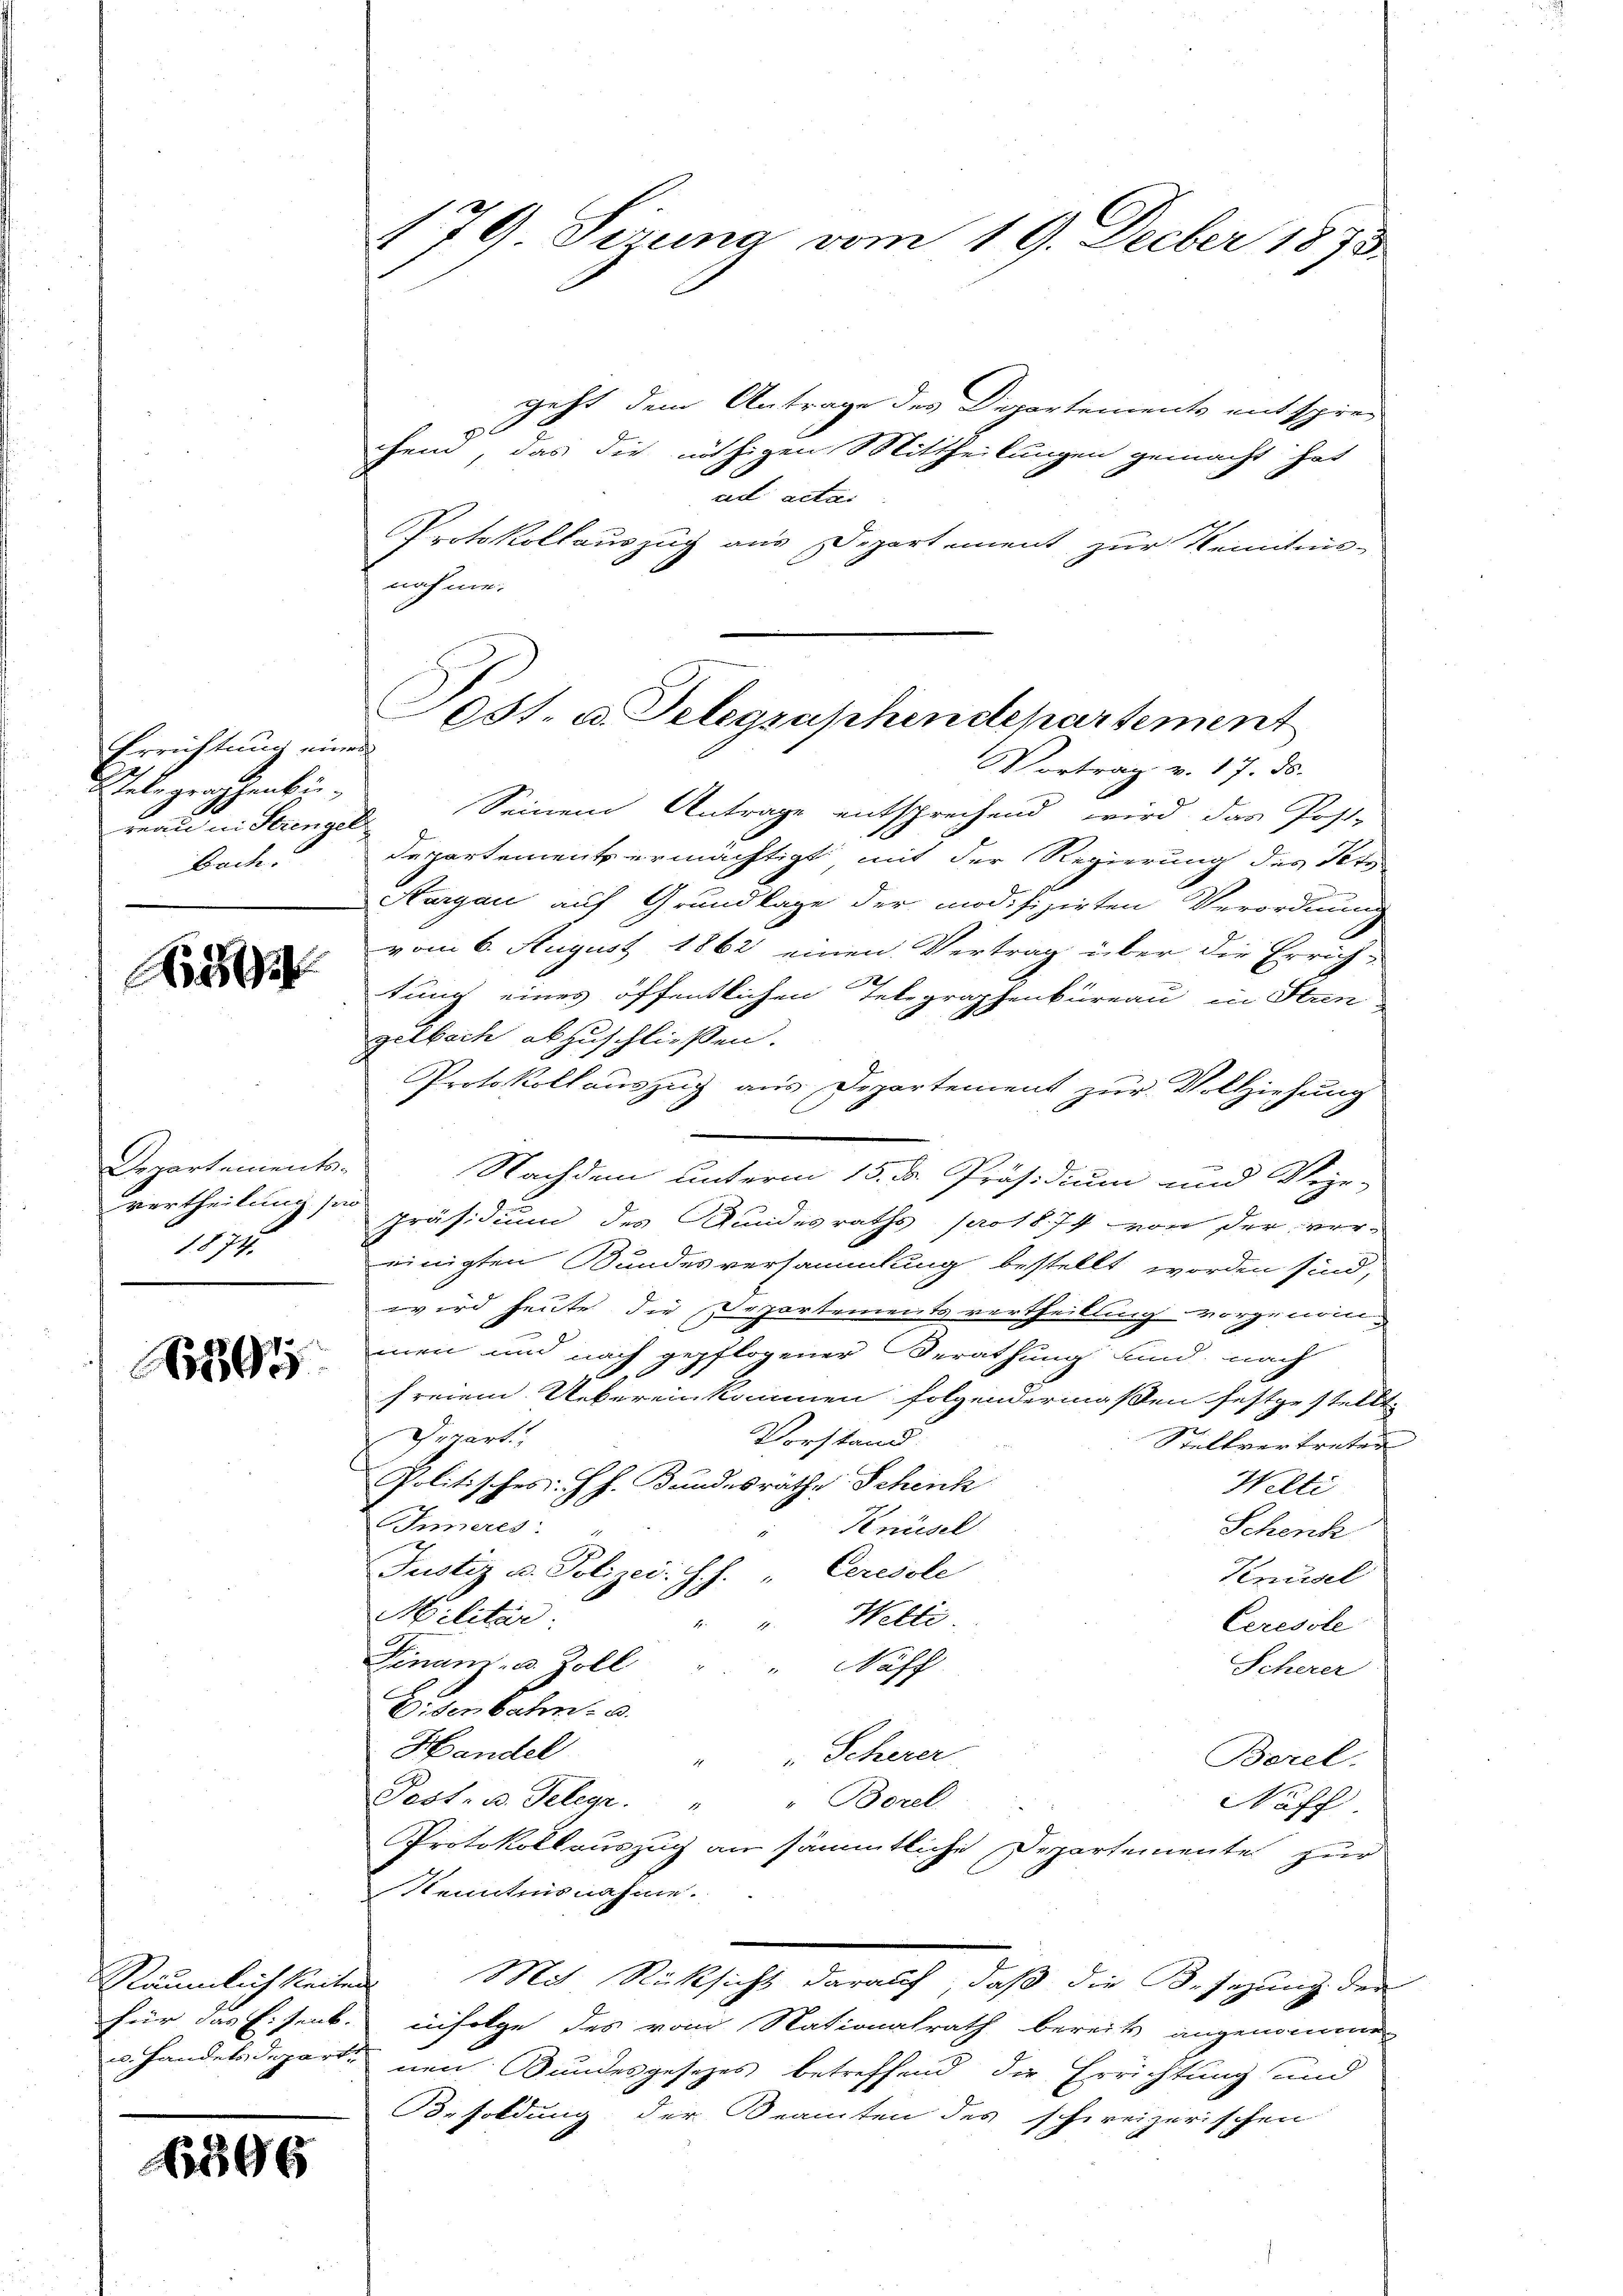
Errichtung einen
Telegraphenku
Bade.

A

Departements-
Vertheilung sie
1874.

1894

6396

179. Sirung vom 19. Decber 1893.

geht dem Antrage des Departements entsprechein, das die nöthigen Mittheilungen gemacht hat
ad actai
Protokollauszug aus Departement zur Kenntnis-
Vortrag v. 17. ds.
rau ni Strengel Seinem Antrage entsprechend wird das Post-
departement ermächtigt, mit der Regierung des Pete
Thurgau auf Grundlage der modifizirten Verordnung
vom 6. August 1862 einen Vertrag über die Errich-
tung eines öffentlichen Telegraphenbureau in Stun
gelbach abzuschließen.
Protokollauszug aus Departement zur Vollziehung
Nachdem unterm 15. ds. Präsidium und Vize-
präsidium des Bundesraths pro 1874 von der ver-
einigten Bundesversammlung bestellt worden sind,
wird heute, die Departements vertheilling vorgenom-
men und nach gepflogener Berathung und nach
freiem Uebereinkommen folgendermaßen festgestellt.
Derart
Vorstand.
Stellvertreten
Politisches: HH. Bandesräthe Schenk
Welti
Inneres:
Knüsel
Schenk
Justiz u. Polizei: J. J. Ceresole
Knüsel
Militär:
". Welti.
Ceresole
Finanz- u. Zoll
" Waff
Scherer
Eisenbahn. a.
Handel
" Scherer
Borel.
" Borel
Post- u. Telegr.
Nuff
Protokollauszug an sämmtliche Departemente zur
Kenntnisnahme.
Räumlichkeiten Mit Rücksicht darauf, daß die Besezung der
für das Eisenb. infolge des vom Nationalrath bereits angenomme
u. Handelsdeparte non Bundesgesezes betreffend die Errichtung und
Besoldung der Beamten des schweizerischen

nahme.
0st. u. Telegraphendepartement